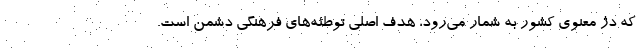
که دژ معنوی کشور به شمار می‌رود، هدف اصلی توطئه‌های فرهنگی دشمن است.